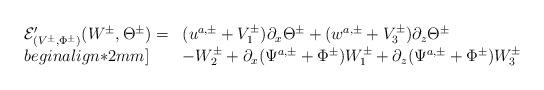
LaTeX: \begin{align*}\begin{array}{ll}{\mathcal E}'_{(V^{\pm}, \Phi^{\pm})}(W^{\pm},\Theta^{\pm})=&(u^{a,\pm}+V_1^\pm)\partial_x\Theta^\pm+(w^{a,\pm}+V_3^\pm)\partial_z\Theta^\pm\\begin{align*}2mm]& -W^\pm_2+\partial_{x}(\Psi^{a,\pm}+\Phi^{\pm})W_1^{\pm}+\partial_{z}(\Psi^{a,\pm}+\Phi^{\pm})W_3^{\pm}\end{array}\end{align*}